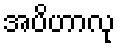
အပိဟာလု